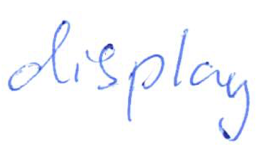
Text: display
Cross-out: clean
Writing tool: ballpoint